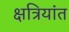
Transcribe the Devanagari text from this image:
क्षत्रियांत